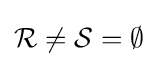
{\mathcal {R}}\neq {\mathcal {S}}=\emptyset \;